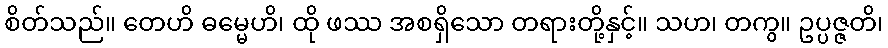
စိတ်သည်။ တေဟိ ဓမ္မေဟိ၊ ထို ဖဿ အစရှိသော တရားတို့နှင့်။ သဟ၊ တကွ။ ဥပ္ပဇ္ဇတိ၊